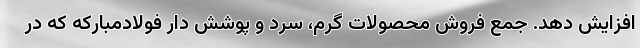
افزایش دهد. جمع فروش محصولات گرم، سرد و پوشش دار فولادمبارکه که در